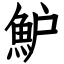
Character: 魲